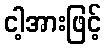
ငါ့အားဖြင့်